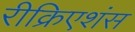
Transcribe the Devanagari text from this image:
रीक्रिएशंस